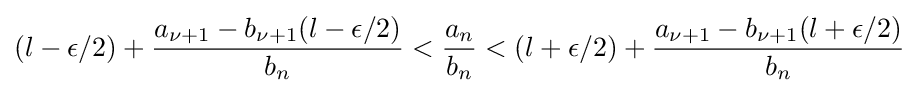
(l-\epsilon /2)+{\frac {a_{\nu +1}-b_{\nu +1}(l-\epsilon /2)}{b_{n}}}<{\frac {a_{n}}{b_{n}}}<(l+\epsilon /2)+{\frac {a_{\nu +1}-b_{\nu +1}(l+\epsilon /2)}{b_{n}}}